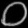
Digit: ၀